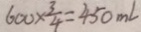
6 0 0 \times \frac { 3 } { 4 } = 4 5 0 m l